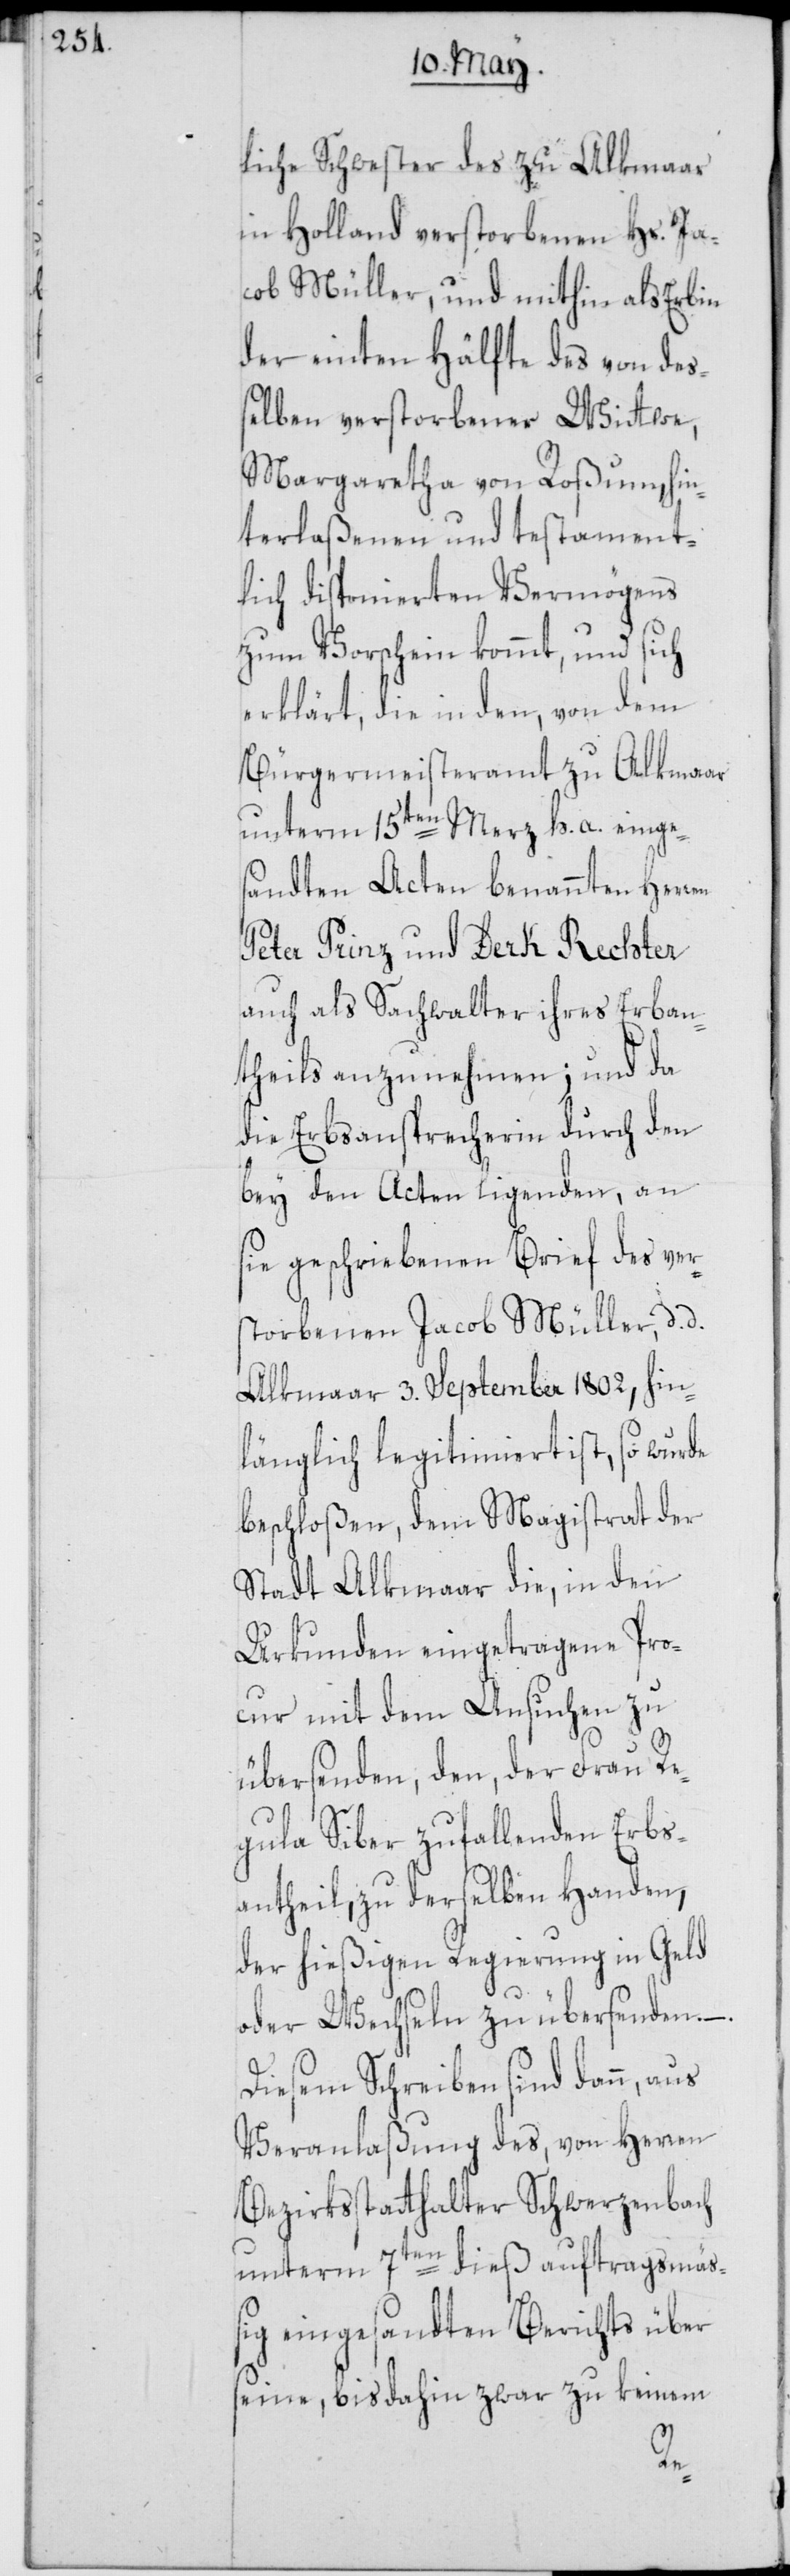
liche Schwester des zu Alkmaar
in Holland verstorbenen Hs. Ja¬
cob Müller, und mithin als Erbin
der einten Hälfte des von deß¬
elben verstorbener Wittwe,
Margaretha von Roßum, hin¬
terlaßenen und testament¬
lich disponierten Vermögens
zum Vorschein kommt, und sich
erklärt, die in dem, von dem
Bürgermeisteramt zu Alkmaar
unterm 15ten Merz h. a. einges¬
andten Acten benannten Herren
Peter Prinz und Derk Rechter
auch als Sachwalter ihres Erban¬
theils anzunehmen; und da
die Erbsansprecherin durch den
bey den Acten ligenden, an
sie geschriebenen Brief des ver¬
storbenen Jacob Müller, d. d.
Alkmaar 3. September 1802, hin¬
länglich legitimiert ist, so wurde
beschloßen, dem Magistrat der
Stadt Alkmaar die, in den
Urkunden eingetragene Pro¬
cur mit dem Ansuchen zu
übersenden, den, der Frau Re¬
gula Siber zufallenden Erbs¬
antheil, zu derselben Handen,
der hießigen Regierung in Geld
oder Wechseln zu übersenden. –
Diesem Schreiben sind dann, aus
Veranlaßung des, von Herren
Bezirksstatthalter Schwerzenbach
unterm 7ten dieß auftragsmäß¬
ig eingesandten Berichts über
seine, bis dahin zwar zu keinem